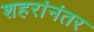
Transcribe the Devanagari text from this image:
शहरांनंतर